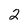
Character: 2